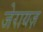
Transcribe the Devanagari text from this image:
जेरायज़